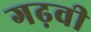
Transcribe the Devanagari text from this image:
गढ़वी